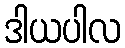
ဒါယပါလ